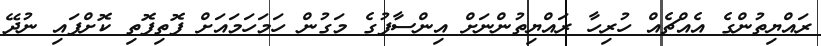
ރައްޔިތުންގެ އެއްޗެއް ހުރިހާ ރައްޔިތުންނަށް އިންސާފުގެ މަގުން ހަމަހަމައަށް ފޮތިފޮތި ކޮށްފައި ނުދޭ